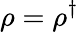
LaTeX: \rho=\rho^{\dagger}